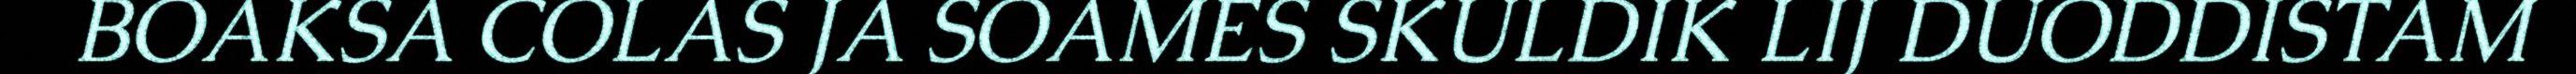
BOAKSA COLAS JA SOAMES SKULDIK LIJ DUODDISTAM